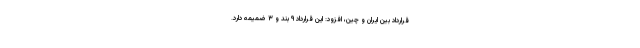
قرارداد بین ایران و چین، افزود: این قرارداد ۹ بند و ۳ ضمیمه دارد.